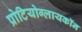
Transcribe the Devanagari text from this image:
प्रोटियोग्लायकॉन